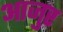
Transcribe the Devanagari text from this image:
आजुर